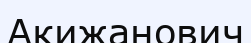
Акижанович